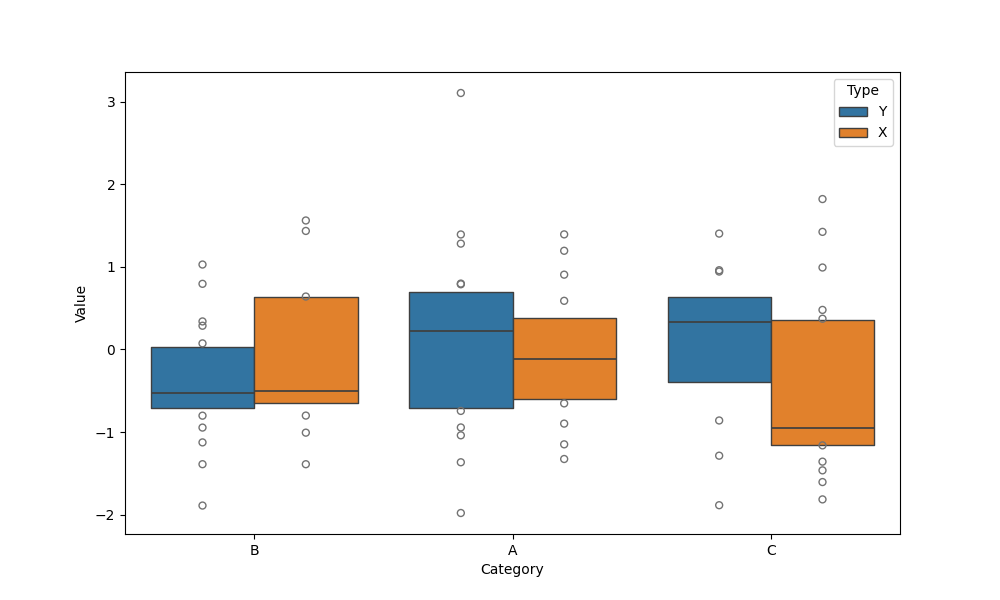
python, seaborn, boxenplot, k_depth='tukey', linewidth=1, scale='exponential', outlier_prop=0.2, showfliers=True